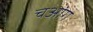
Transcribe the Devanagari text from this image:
चआंग